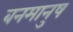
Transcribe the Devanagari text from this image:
बनमानुष